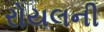
રોયલની